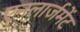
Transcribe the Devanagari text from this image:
एनलार्जमेंट